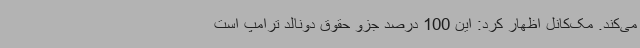
می‌کند. مک‌کانل اظهار کرد: این 100 درصد جزو حقوق دونالد ترامپ است